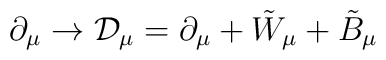
\partial_{\mu} \rightarrow {\cal{D}}_{\mu} = \partial_{\mu} +{\tilde{W}}_{\mu} + {\tilde{B}}_{\mu}